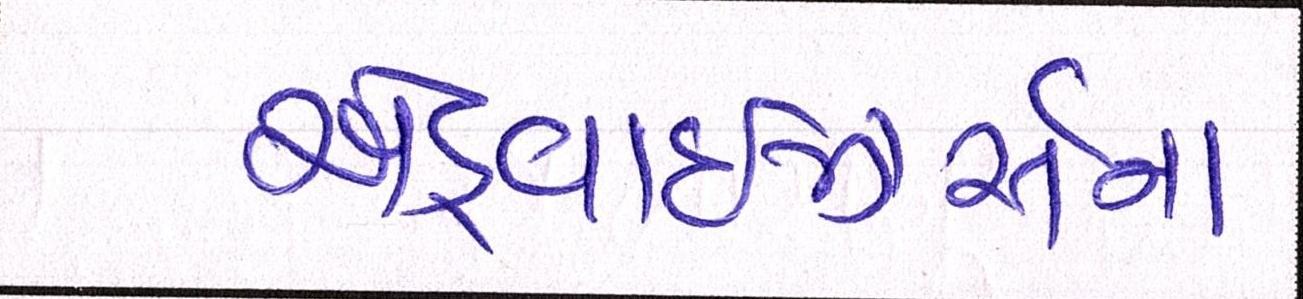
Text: એડ્વાઇઝર્સના